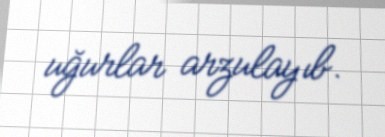
uğurlar arzulayıb.